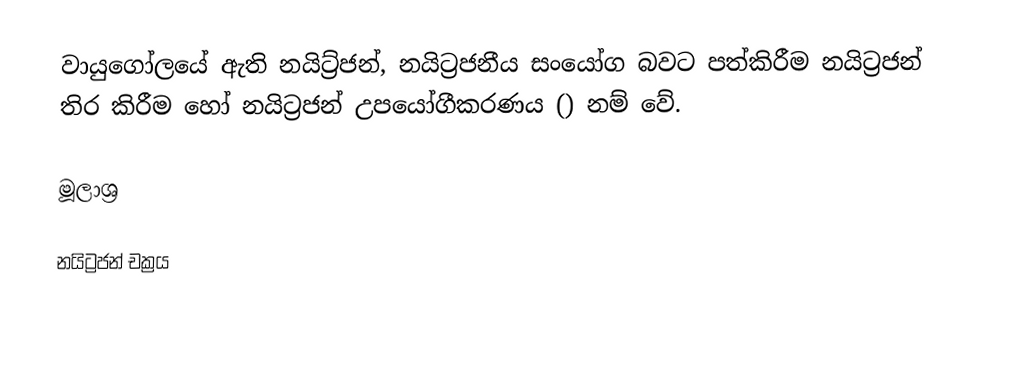
වායුගෝලයේ ඇති නයිට්‍ර්ජන්, නයිට්‍රජනීය සංයෝග බවට පත්කිරීම නයිට්‍රජන් තිර කිරීම හෝ නයිට්‍රජන් උපයෝගීකරණය () නම් වේ.

මූලාශ්‍ර

නයිට්‍රජන් චක්‍රය